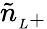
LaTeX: \tilde{n}_{{}_{L}+}